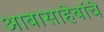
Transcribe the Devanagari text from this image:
आबासाहेबांचे